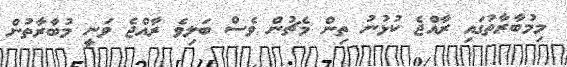
މިމުބާރާތުގައި ރާއްޖެ ކުޅުނު ތިން މެޗުން ވެސް ބަލިވެ ރާއްޖެ ވަނީ މުބާރާތުން